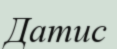
Датис